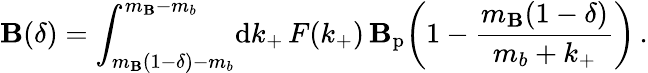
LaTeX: \mathbf{B}(\delta)=\int_{m_{\mathbf{B}}(1-\delta)-m_{b}}^{m_{\mathbf{B}}-m_{b}}\! \mathrm{{d}}k_{+}\, F(k_{+})\, \mathbf{B}_{\mathrm{{p}}}\! \left(1-\frac{{m_{\mathbf{B}}(1-\delta)}}{{m_{b}+k_{+}}}\right)\, .